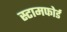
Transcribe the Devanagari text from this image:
स्टामफोर्ड